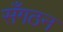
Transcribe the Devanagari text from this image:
सँगठन